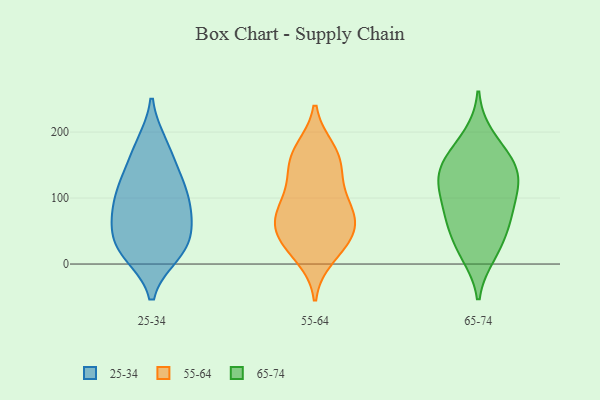
{"axis": {"x": "Headcount", "y": "Value"}, "legend": ["25-34", "55-64", "65-74"], "data": [{"x": "", "y": 131, "type": "25-34"}, {"x": "", "y": 15, "type": "25-34"}, {"x": "", "y": 78, "type": "25-34"}, {"x": "", "y": 92, "type": "25-34"}, {"x": "", "y": 15, "type": "25-34"}, {"x": "", "y": 182, "type": "25-34"}, {"x": "", "y": 100, "type": "25-34"}, {"x": "", "y": 136, "type": "25-34"}, {"x": "", "y": 41, "type": "25-34"}, {"x": "", "y": 63, "type": "25-34"}, {"x": "", "y": 119, "type": "25-34"}, {"x": "", "y": 177, "type": "25-34"}, {"x": "", "y": 70, "type": "25-34"}, {"x": "", "y": 32, "type": "25-34"}, {"x": "", "y": 21, "type": "25-34"}, {"x": "", "y": 66, "type": "55-64"}, {"x": "", "y": 141, "type": "55-64"}, {"x": "", "y": 166, "type": "55-64"}, {"x": "", "y": 45, "type": "55-64"}, {"x": "", "y": 159, "type": "55-64"}, {"x": "", "y": 85, "type": "55-64"}, {"x": "", "y": 173, "type": "55-64"}, {"x": "", "y": 87, "type": "55-64"}, {"x": "", "y": 28, "type": "55-64"}, {"x": "", "y": 119, "type": "55-64"}, {"x": "", "y": 12, "type": "55-64"}, {"x": "", "y": 56, "type": "55-64"}, {"x": "", "y": 37, "type": "55-64"}, {"x": "", "y": 79, "type": "55-64"}, {"x": "", "y": 15, "type": "65-74"}, {"x": "", "y": 74, "type": "65-74"}, {"x": "", "y": 152, "type": "65-74"}, {"x": "", "y": 115, "type": "65-74"}, {"x": "", "y": 168, "type": "65-74"}, {"x": "", "y": 139, "type": "65-74"}, {"x": "", "y": 124, "type": "65-74"}, {"x": "", "y": 68, "type": "65-74"}, {"x": "", "y": 193, "type": "65-74"}, {"x": "", "y": 148, "type": "65-74"}, {"x": "", "y": 80, "type": "65-74"}, {"x": "", "y": 114, "type": "65-74"}, {"x": "", "y": 47, "type": "65-74"}, {"x": "", "y": 21, "type": "65-74"}]}